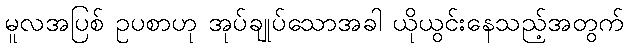
မူလအပြစ် ဥပစာဟု အုပ်ချုပ်သောအခါ ယိုယွင်းနေသည့်အတွက်